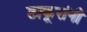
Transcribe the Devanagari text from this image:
ठाकूरांनी